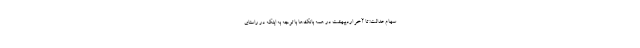
سهام عدالت: تا آخر اردیبهشت در همه بانک‌ها با توجه به اینکه در راستای